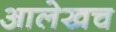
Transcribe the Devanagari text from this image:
आलेखच